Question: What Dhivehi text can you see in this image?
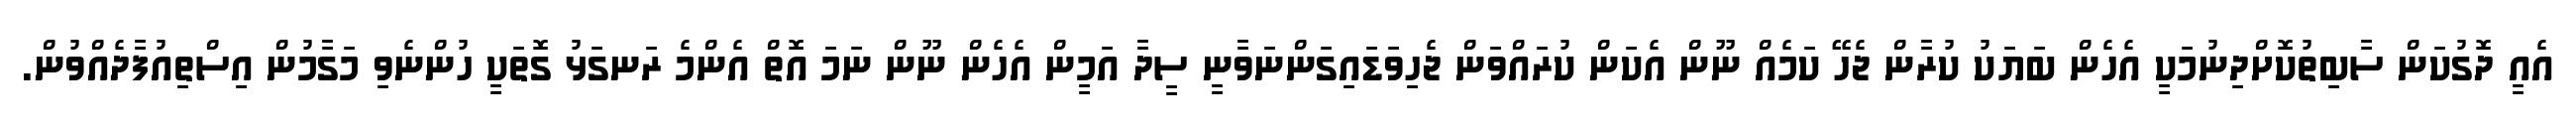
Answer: އެއީ ދޮގުކަން ސާބިތުކޮށްދިނުމަކީ އެހެން ބަޔަކު ކުރާން ޖެހޭ ކަމެއް ނޫން އެކަން ކުރައްވަން ޖެހިވަޑައިގަންނަވާނީ ސީދާ އަމީން އެހެން ނޫން ނަމަ އޮތް އެންމެ ރަނގަޅު ގޮތަކީ ހުންނެވި މަގާމުން އިސްތިއުފާދެއްވުން.